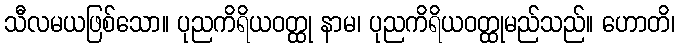
သီလမယဖြစ်သော။ ပုညကိရိယဝတ္ထု နာမ၊ ပုညကိရိယဝတ္ထုမည်သည်။ ဟောတိ၊